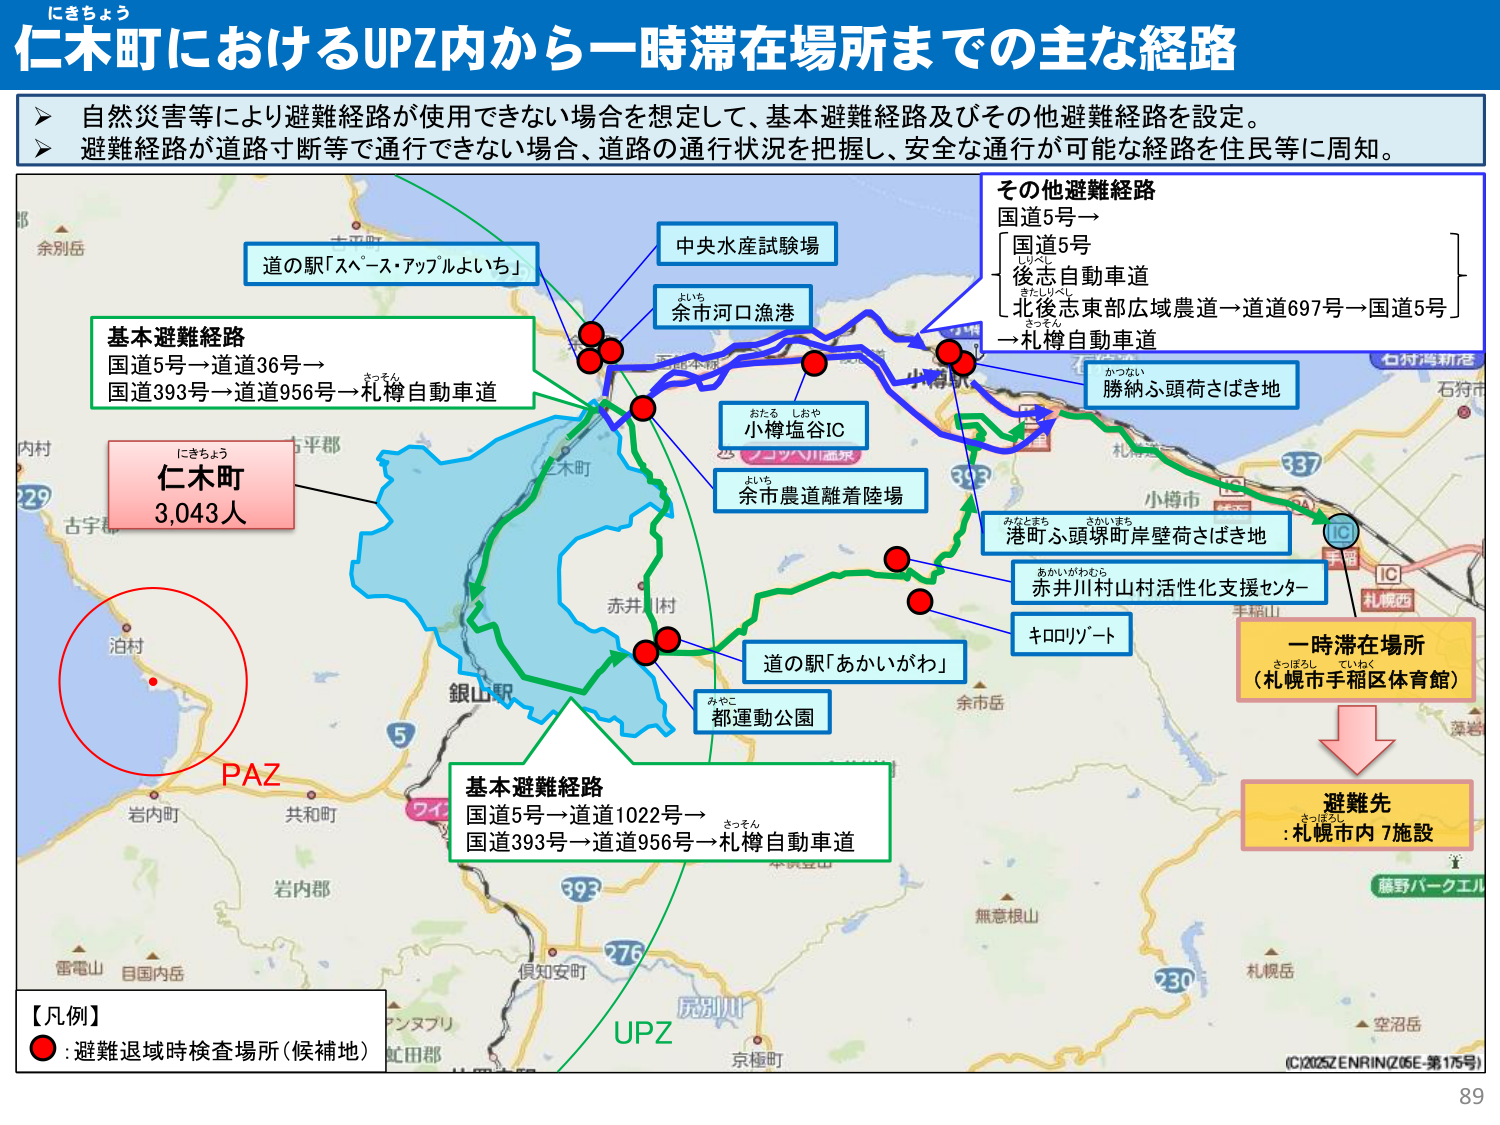
にきちょう
仁木町におけるUPZ内から一時滞在場所までの主な経路

自然災害等により避難経路が使用できない場合を想定して、基本避難経路及びその他避難経路を設定。
避難経路が道路寸断等で通行できない場合、道路の通行状況を把握し、安全な通行が可能な経路を住民等に周知。

基本避難経路
国道5号→道道36号→
国道393号→道道956号→札樽自動車道

道の駅「スペース・アップルよいち」
中央水産試験場
余市河口漁港
小樽塩谷IC
余市農道離着陸場
勝納ふ頭荷さばき地
港町ふ頭塚町岸壁荷さばき地
赤井川村山村活性化支援センター
キロリゾート
道の駅「あかいがわ」
都運動公園

その他避難経路
国道5号→
国道5号
後志自動車道
北後志東部広域農道→道道697号→国道5号
→札樽自動車道

仁木町
3,043人

PAZ
UPZ

基本避難経路
国道5号→道道1022号→
国道393号→道道956号→札樽自動車道

一時滞在場所
（札幌市手稲区体育館）

避難先
:札幌市内 7施設

【凡例】
● :避難退域時検査場所（候補地）

(C)2026ZENRIN(Z06E-第175号)
89